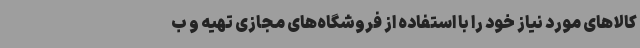
کالاهای مورد نیاز خود را با استفاده از فروشگاه‌های مجازی تهیه و ب